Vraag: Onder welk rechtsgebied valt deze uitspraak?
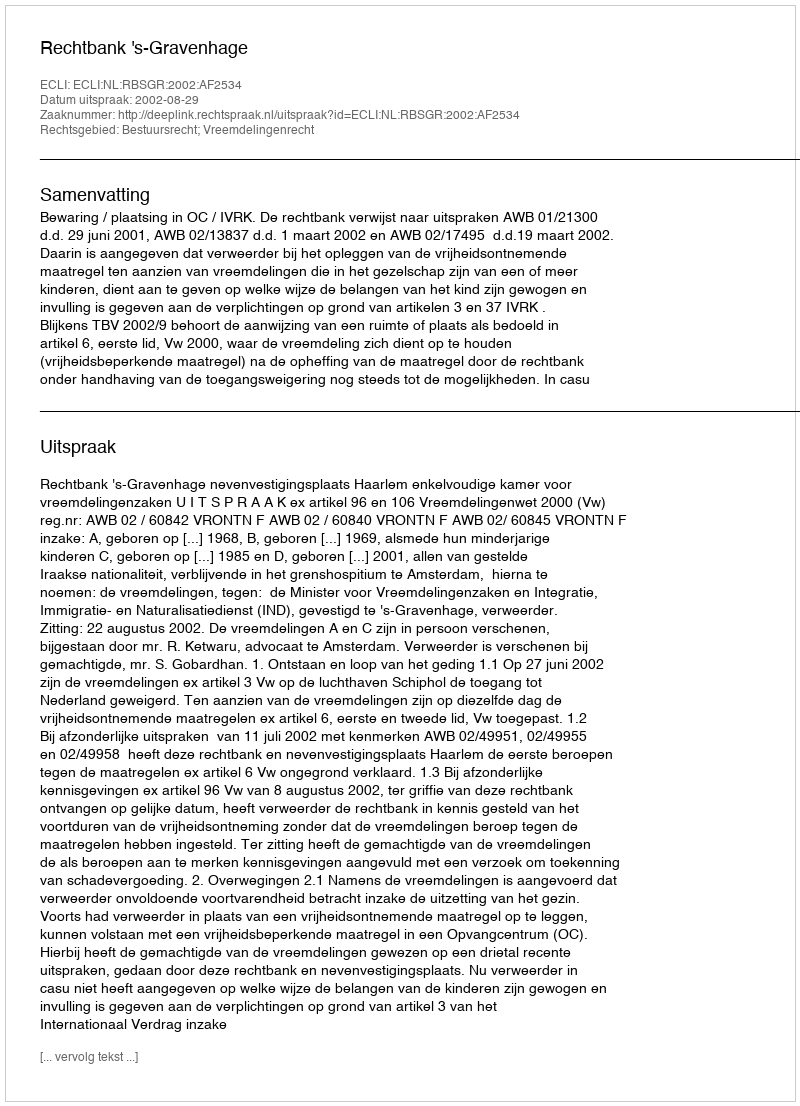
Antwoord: Bestuursrecht; Vreemdelingenrecht